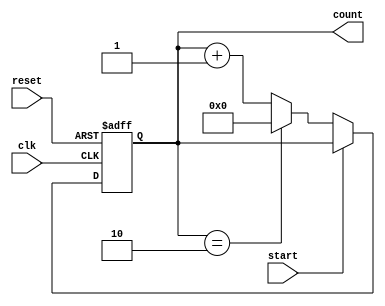
module counter(count, start,reset,clk);
  input start, reset, clk;
  output [3:0] count;

  reg [3:0] count;

  always @ (posedge clk or posedge reset)
    if(reset) begin
	    count <= 4'b0;
    end else if (~start) begin
      if (count == 2'b1010) begin
        count <= 4'b0;
      end else begin
	      count <= count + 1;
      end
    end

endmodule